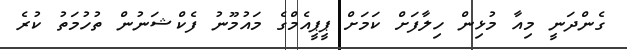
ގެންދަނީ މިއާ މުޅިން ހިލާފަށް ކަމަށް ޕީޕީއެމްގެ މައުމޫނު ފެކްޝަނުން ތުހުމަތު ކުރެ